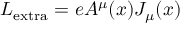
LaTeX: { \cal { L } } _ { \mathrm { e x t r a } } = e A ^ { \mu } ( x ) J _ { \mu } ( x )